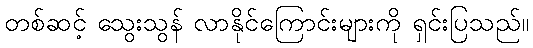
တစ်ဆင့် သွေးသွန် လာနိုင်ကြောင်းများကို ရှင်းပြသည်။